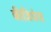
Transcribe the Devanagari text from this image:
कीजियेगा